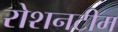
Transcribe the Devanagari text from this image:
रोशनटीम